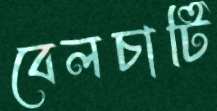
বেলচাটি